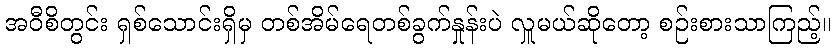
အဝီစိတွင်း ရှစ်သောင်းရှိမှ တစ်အိမ်ရေတစ်ခွက်နှုန်းပဲ လှူမယ်ဆိုတော့ စဉ်းစားသာကြည့်။